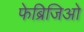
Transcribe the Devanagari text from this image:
फेब्रिजिओ